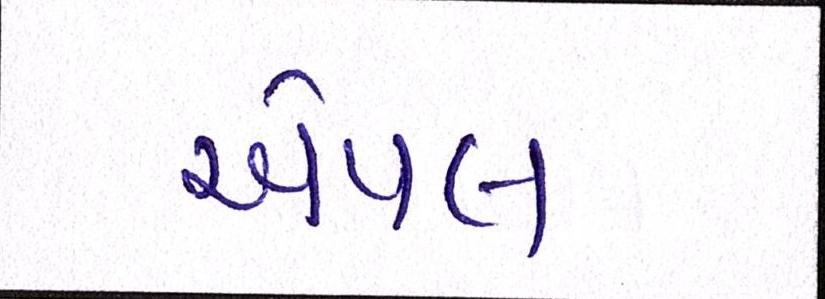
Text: એપલ